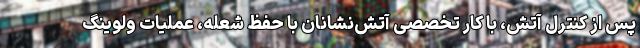
پس از کنترل آتش، با کار تخصصی آتش‌نشانان با حفظ شعله، عملیات ولوینگ